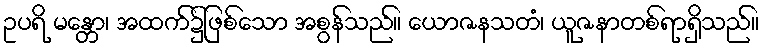
ဥပရိ မန္တော၊ အထက်၌ဖြစ်သော အစွန်သည်။ ယောဇနသတံ၊ ယူဇနာတစ်ရာရှိသည်။